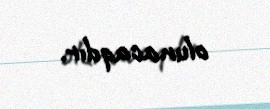
olunacaqdır.